Scottish Leaving Certificate Examination, 1955
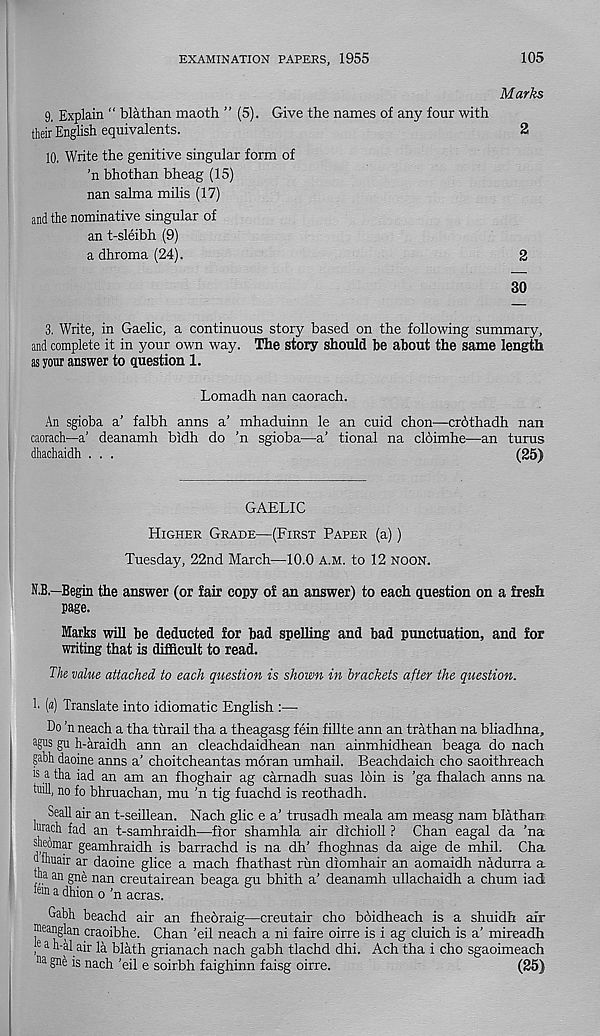
EXAMINATION PAPERS, 1955
105
Marks
9. Explain “ blathan maoth ” (5). Give the names of any four with
their English equivalents.
2
10. Write the genitive singular form of
'n bhothan bheag (15)
nan salma milis (17)
and the nominative singular of
an t-sleibh (9)
adhroma(24).
2
30
3. Write, in Gaelic, a continuous story based on the following summary,
and complete it in your own way. The story should be about the same length
as your answer to question 1.
Lomadh nan caorach.
An sgioba a’ falbh anns a’ mhaduinn le an cuid chon—crdthadh nan
caorach—a’ deanamh bidh do ’n sgioba—a’ tional na cldimhe—an turus
dhachaidh . . .
(25)
GAELIC
Higher Grade—(First Paper (a))
Tuesday, 22nd March—10.0 A.M. to 12 noon.
N.B.—Begin the answer (or fair copy of an answer) to each question on a fresh
page.
Marks will be deducted for bad spelhng and bad punctuation, and for
writing that is difficult to read.
The value attached to each question is shown in brackets after the question.
h («) Translate into idiomatic English :—•
Do ’n neach a tha turail tha a theagasg fein fillte ann an trathan na bliadhna,
a Pis gu h-araidh ann an cleachdaidhean nan ainmhidhean beaga do nach
gabh daoine anns a’ choitcheantas moran umhail. Beachdaich cho saoithreach
b a tha iad an am an fhoghair ag carnadh suas loin is 'ga fhalach anns na
tuill, no fo bhmachan, mu ’n tig fuachd is reothadh.
Seall air an t-seillean. Nach glic e a’ trusadh meala am measg nam blathan.
teach fad an t-samhraidh—fior shamhla air dichioll ? Chan eagal da ’na
sheomar geamhraidh is barrachd is na dh’ fhoghnas da aige de mhil. Cha
ofhuair ar daoine glice a mach fhathast run diomhair an aomaidh nadurra a
tna an gne nan creutairean beaga gu bhith a’ deanamh ullachaidh a chum iad
em a dhion o ’n acras.
Gabh beachd air an fheoraig—creutair cho boidheach is a shuidh air
j^anglan craoibhe. Chan ’eil neach a ni faire oirre is i ag cluich is a’ mireadh
, e a h'bl air la blath grianach nach gabh tlachd dhi. Ach tha i cho sgaoimeach
na gne is nach ’eil e soirbh faighinn faisg oirre.
(25)